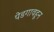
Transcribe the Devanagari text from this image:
पेडगावहून